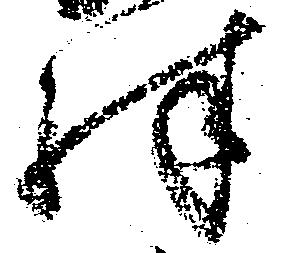
殊